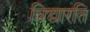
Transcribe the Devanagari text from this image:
विद्यारति